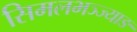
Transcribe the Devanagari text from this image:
सिमलभञ्ज्याङ